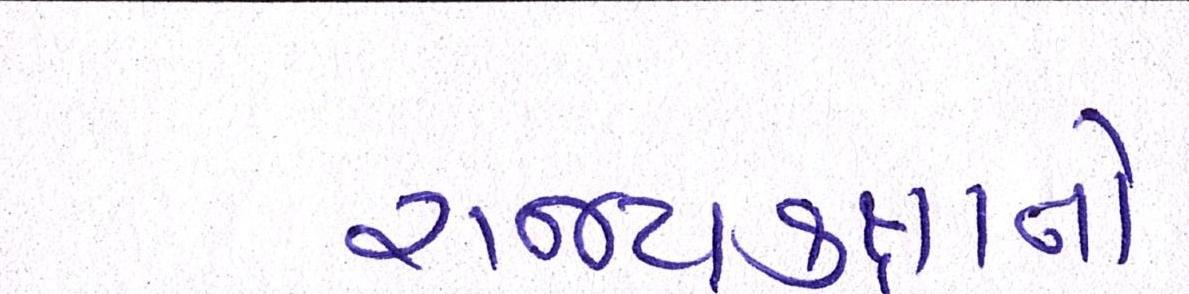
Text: રાજ્યકક્ષાનો